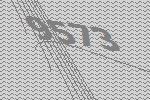
9573